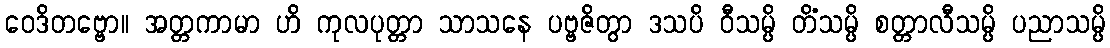
ဝေဒိတဗ္ဗော။ အတ္တကာမာ ဟိ ကုလပုတ္တာ သာသနေ ပဗ္ဗဇိတွာ ဒသပိ ဝီသမ္ပိ တိံသမ္ပိ စတ္တာလီသမ္ပိ ပညာသမ္ပိ